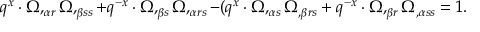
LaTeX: q ^ { x } \cdot \Omega , _ { \alpha r } \Omega , _ { \beta s s } + q ^ { - x } \cdot \Omega , _ { \beta s } \Omega , _ { \alpha r s } - ( q ^ { x } \cdot \Omega , _ { \alpha s } \Omega _ { , \beta r s } + q ^ { - x } \cdot \Omega , _ { \beta r } \Omega _ { , \alpha s s } = 1 .